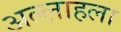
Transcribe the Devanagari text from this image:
अल्लाहला